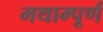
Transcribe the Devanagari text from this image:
मथाम्पूर्ण